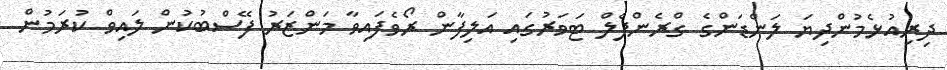
ދިރިއުޅެމުންދިޔަ ލަންޑަންގެ ގްރެންފެލް ޓަވަރުގައި އަލިފާން ރޯވެފައިވާ މަންޒަރު ފޭސްބުކުން ލައިވް ކުރަމުން